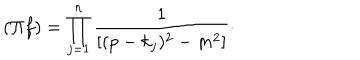
LaTeX: ( \Pi f ) = \prod _ { j = 1 } ^ { n } \frac { 1 } { [ ( p - k _ { j } ) ^ { 2 } - m ^ { 2 } ] } \cdot